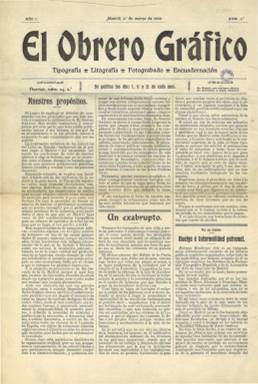
Título: El Obrero gráfico
Colección: Artes gráficas || Industria || Prensa sindical
Ámbito geográfico: Madrid
Lugar de publicación: Madrid
Fechas: 01/03/1908-30/04/1936

Publicación de los trabajadores de las artes gráficas nacida para defender sus intereses, en su primer número de 1 de marzo de 1908 explicaba sus propósitos con estas palabras: “La explotación codiciosa de las industrias del libro en España –incluyendo en primer lugar a Madrid- ha empeorado talmente las condiciones de vida de cuantos a ellas se dedican que ya se recuerdan como si fuesen tiempos de leyendas aquellos en que nuestros predecesores percibían buenos jornales y vestían como las personas decentes”.

    El periódico, que no pertenecía a ningún sindicato sino que era costeado por tipógrafos asociados para luchar por sus intereses, informaba en este primer número de la atomización de la industria, que había “caído en manos de advenedizos”. Denunciaba que las empresas competían a base de “salarios de hambre” y daba cuenta de la situación: sólo en Madrid había cerca de 200 establecimientos tipográficos para un número de operarios de todas las ramas que no llegan a 3.000.

   “Esta superabundancia de mezquinos talleres, conocidos algunos con el típico nombre de bodegones, es una de las causas primordiales de nuestro malestar porque casi todos ellos viven haciéndose una indigna competencia”, señala.

   Los jornales de los trabajadores en Madrid rondaban los diez reales pero fuera de la ciudad podían bajar a siete u ocho reales.

    El PSOE,  que había nacido en el seno de los tipógrafos madrileños dirigidos por su líder Pablo Iglesias, vio con buenos ojos la aparición de El Obrero Gráfico, que en 1917 conoció una segunda etapa ligado ya a la Federación Gráfica Española, dentro del sindicato UGT.

   En esta segunda etapa la publicación aumentó su número de páginas aunque la periodicidad se hizo también mayor y de salir dos veces al mes acabó saliendo cada dos meses o cada tres. En esta nueva etapa incorporó la fotografía a su no muy atractiva presentación y entre la información de orden interno aparecía algún reportaje gráfico como el dedicado a la Escuela de Aprendices Tipógrafos.

   La portada del último número  de la publicación que posee la BNE, de abril de 1936, la ocupa una fotografía de Pablo Iglesias con el anuncio del congreso extraordinario de la Federación Gráfica previsto para el mes de junio siguiente.

   En páginas interiores y junto a una fotografía a toda página de una miembro de la Federación, Luis de Sirval, “vilmente muerto en los calabozos de una comisaría de Oviedo” durante la llamada Revolución de Octubre de Asturias, la publicación hace un encendido elogio de ésta en unos términos que preludian el enfrentamiento ideológico que desembocará en la Guerra Civil unos meses después.

[Descripción publicada el 15/03/2019]